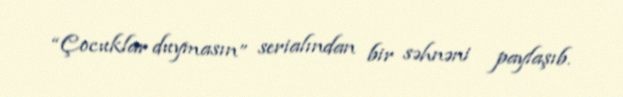
“Çocuklar duymasın” serialından bir səhnəni paylaşıb.